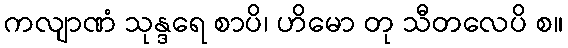
ကလျာဏံ သုန္ဒရေ စာပိ၊ ဟိမော တု သီတလေပိ စ။